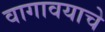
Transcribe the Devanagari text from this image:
वागावयाचे